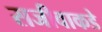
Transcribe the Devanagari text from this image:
सजीवाकडे